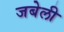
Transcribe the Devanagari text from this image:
जबेली